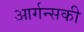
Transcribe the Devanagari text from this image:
आर्गन्सकी